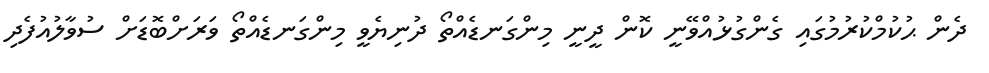
ދެން ޙުކުމްކުރުމުގައި ގެންގުޅުއްވޭނީ ކޮން ދީނީ މިންގަނޑެއްތޯ ދުނިޔެވީ މިންގަނޑެއްތޯ ވަރަށްބޮޑަށް ސުވާލުއުފެދި